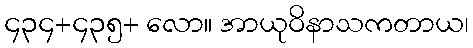
၄၃၄+၄၃၅+ လော။ အာယုဝိနာသကတာယ၊